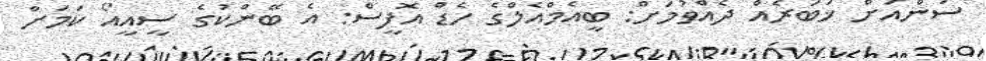
ސަންއަށް ޚަބަރެއް ދެއްވުމަށް: ބީއެމްއެލްގެ ހެޑް އޮފީސް: އެ ބޭންކުގެ ސީއީއޯ ކަމަށް